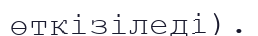
өткізіледі).